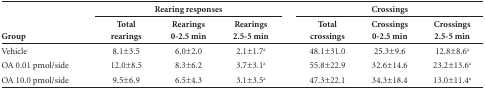
| <ROWSPAN=2> Group | <COLSPAN=3> Rearing responses | <ROWSPAN=2>  | <COLSPAN=3> Crossings |
 | Total rearings | Rearings 0-2.5 min | Rearings 2.5-5 min | Total crossings | Crossings 0-2.5 min | Crossings 2.5-5 min |
 | --- | --- | --- | --- | --- | --- | --- | --- |
 | Vehicle | 8.1±3.5 | 6.0±2.0 | 2.1±1.7as |  | 48.1±31.0 | 25.3±9.6 | 12.8±8.6a |
 | OA 0.01 pmol/side | 12.0±8.5 | 8.3±6.2 | 3.7±3.1a |  | 55.8±22.9 | 32.6±14.6 | 23.2±13.6a |
 | OA 10.0 pmol/side | 9.5±6.9 | 6.5±4.3 | 3.1±3.5a |  | 47.3±22.1 | 34.3±18.4 | 13.0±11.4a |